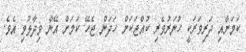
ކަމަށާއި ދަރިވަރަކީ ހުނަރުވެރި ކުއްޖަކަށް ހަދަން ޖެހޭ ކަމަށް އޭނާ ވިދާޅުވި އެވެ.